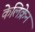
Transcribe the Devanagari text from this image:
केलिक्रेन